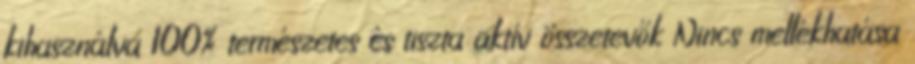
kihasználva 100% természetes és tiszta aktív összetevők Nincs mellékhatása